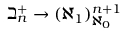
\beth _ { n } ^ { + } \rightarrow ( \aleph _ { 1 } ) _ { \aleph _ { 0 } } ^ { n + 1 }